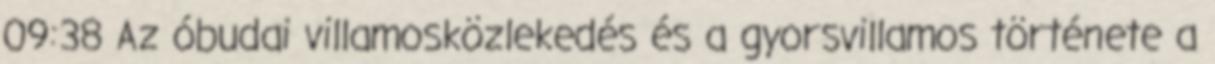
09:38 Az óbudai villamosközlekedés és a gyorsvillamos története a